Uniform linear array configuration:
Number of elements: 4
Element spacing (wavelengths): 0.25
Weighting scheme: exponential
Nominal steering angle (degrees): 0
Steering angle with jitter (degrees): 0.8312
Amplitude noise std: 0.05
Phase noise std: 0.05

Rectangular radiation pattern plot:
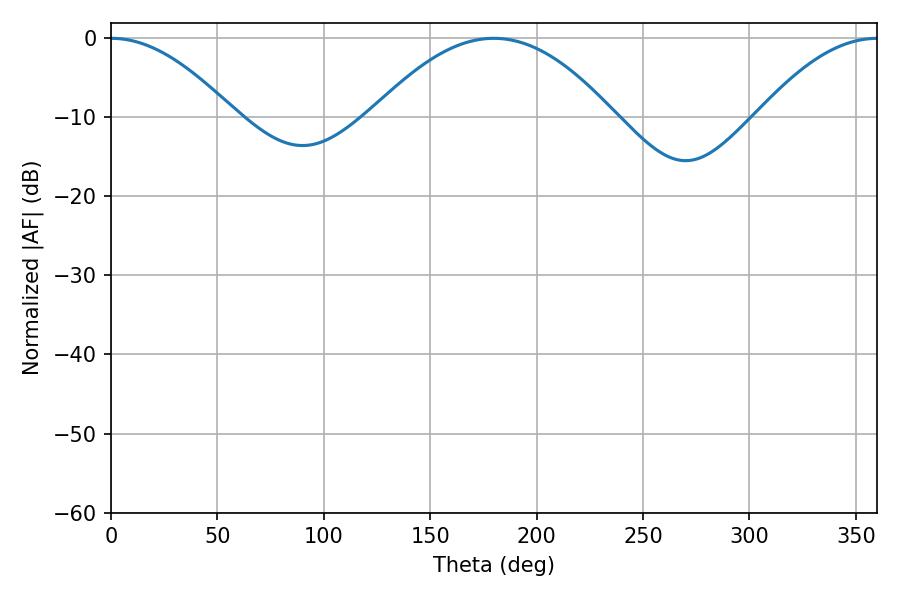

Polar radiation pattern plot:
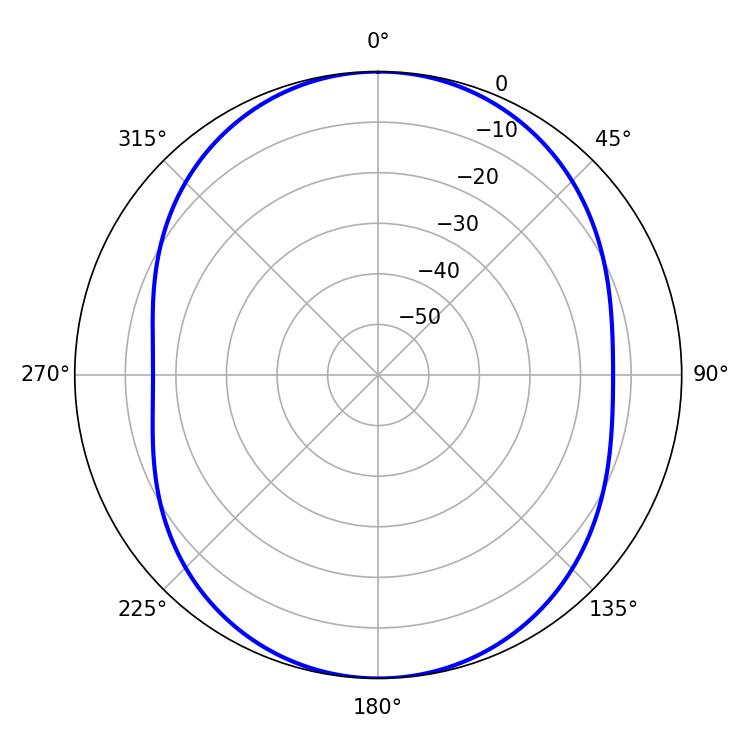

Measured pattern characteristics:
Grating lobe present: FALSE
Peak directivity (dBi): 17.644
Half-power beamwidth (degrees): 31.5
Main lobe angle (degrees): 0.18